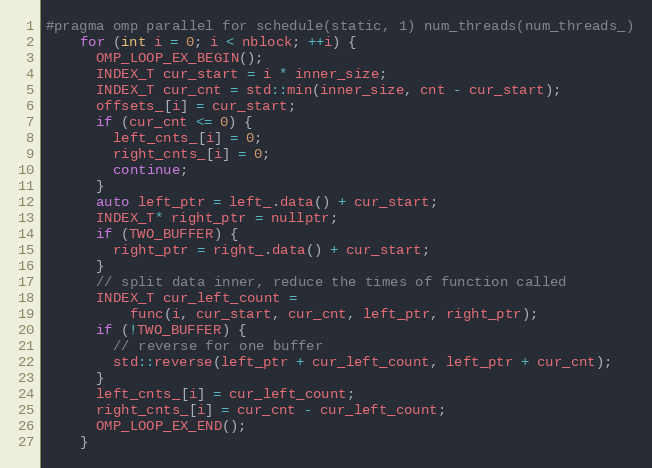
Language: C
#pragma omp parallel for schedule(static, 1) num_threads(num_threads_)
    for (int i = 0; i < nblock; ++i) {
      OMP_LOOP_EX_BEGIN();
      INDEX_T cur_start = i * inner_size;
      INDEX_T cur_cnt = std::min(inner_size, cnt - cur_start);
      offsets_[i] = cur_start;
      if (cur_cnt <= 0) {
        left_cnts_[i] = 0;
        right_cnts_[i] = 0;
        continue;
      }
      auto left_ptr = left_.data() + cur_start;
      INDEX_T* right_ptr = nullptr;
      if (TWO_BUFFER) {
        right_ptr = right_.data() + cur_start;
      }
      // split data inner, reduce the times of function called
      INDEX_T cur_left_count =
          func(i, cur_start, cur_cnt, left_ptr, right_ptr);
      if (!TWO_BUFFER) {
        // reverse for one buffer
        std::reverse(left_ptr + cur_left_count, left_ptr + cur_cnt);
      }
      left_cnts_[i] = cur_left_count;
      right_cnts_[i] = cur_cnt - cur_left_count;
      OMP_LOOP_EX_END();
    }